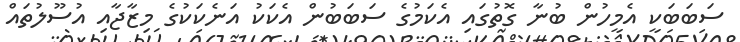
ސަބަބަކީ އެމީހުން ބުނާ ގޮތުގައި އެކަމުގެ ސަބަބުން އެކަކު އަނެކަކުގެ މިޒާޖާއި އުސޫލުތައް